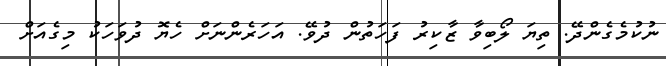
ނުކުމެގެންދޭ. ތިޔަ ލޯބިވާ ޒާކިރު ފަހަތުން ދުވޭ. އަހަރެންނަށް ހެޔޮ ދުވަހަކު މިގެއަށް